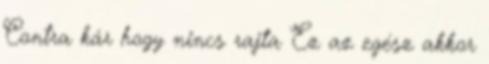
Contra kár hogy nincs rajta Ez az egész akkor